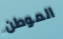
الموطن